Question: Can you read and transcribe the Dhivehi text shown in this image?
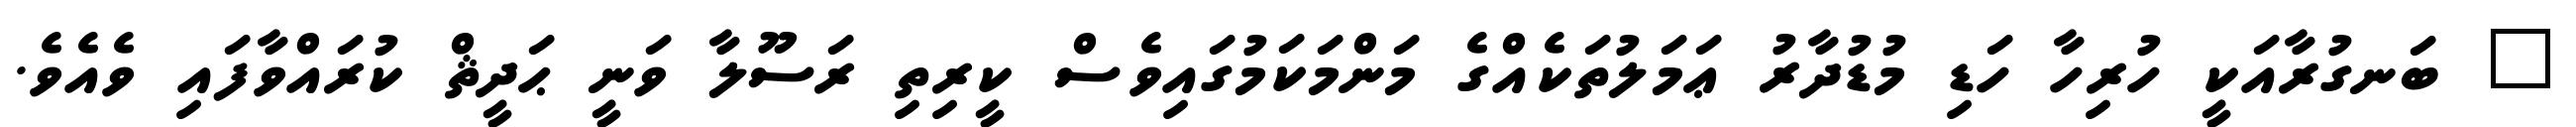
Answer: " ބަނގުރާއަކީ ހުރިހާ ހަޑި މުޑުދާރު ޢަމަލުތަކެއްގެ މަންމަކަމުގައިވެސް ކީރިތި ރަސޫލާ ވަނީ ޙަދީޘް ކުރައްވާފައި ވެއެވެ.